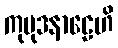
ကုမုဒနာဠေဟိ